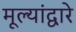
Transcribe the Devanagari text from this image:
मूल्यांद्वारे